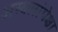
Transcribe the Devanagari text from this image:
अस्वलांपेक्षा